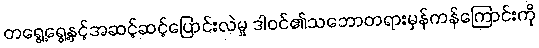
တရွေ့ရွေ့နှင့်အဆင့်ဆင့်ပြောင်းလဲမှု ဒါဝင်၏သဘောတရားမှန်ကန်ကြောင်းကို